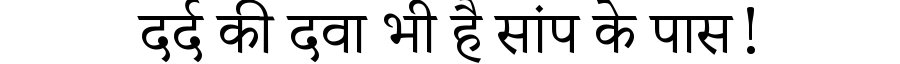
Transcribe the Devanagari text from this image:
दर्द की दवा भी है सांप के पास!